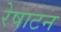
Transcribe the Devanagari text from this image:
रेषाटन